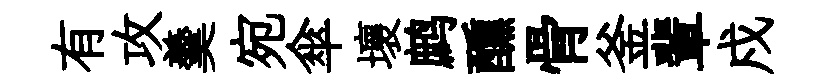
有攻羹宛傘壞鹧醺骨釜輩戍